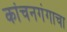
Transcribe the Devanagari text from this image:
कांचनगंगाचा